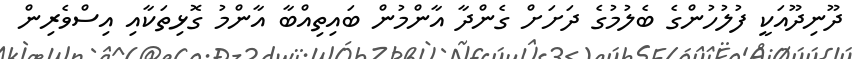
ދޫނިދޫއަކީ ފުލުހުންގެ ބެލުމުގެ ދަށަށް ގެންދާ އާންމުން ބައިތިއްބާ އާންމު ގޮޅިތަކާއި އިސްވެރިން